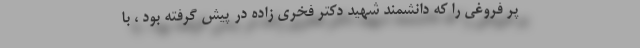
پر فروغی را که دانشمند شهید دکتر فخری زاده در پیش گرفته بود ، با